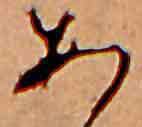
あ